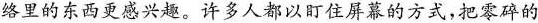
络里的东西更感兴趣。许多人都以盯住屏幕的方式，把零碎的